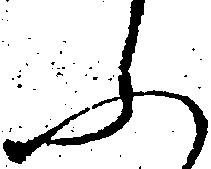
ふ